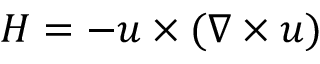
\boldsymbol { H } = - \boldsymbol { u } \times ( \nabla \times \boldsymbol { u } )